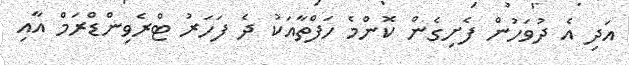
އަދި އެ ދުވަހުން ފެށިގެން ކޮންމެ ހަފްތާއަކު ދެ ފަހަރު ޓްރެވިންޑްރަމް އާއި